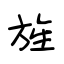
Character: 旌